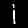
Digit: 1